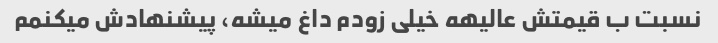
نسبت ب قیمتش عالیهه خیلی زودم داغ میشه، پیشنهادش میکنمم